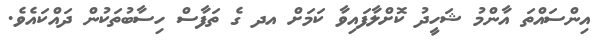
އިންސައްތަ އާންމު ޝަހީދު ކޮށްލާފައިވާ ކަމަށް އދ ގެ ތަފާސް ހިސާބުތަކުން ދައްކައެވެ.